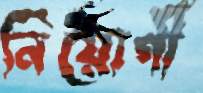
নিয়োগী